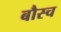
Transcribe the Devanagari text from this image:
बौस्च